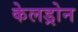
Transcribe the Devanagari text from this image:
केलड्रोन